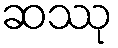
ဆဿု